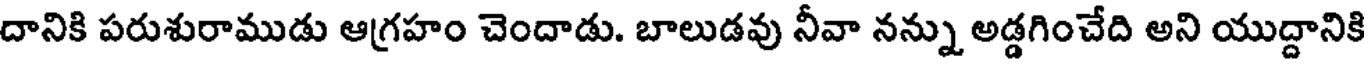
దానికి పరుశురాముడు ఆగ్రహం చెందాడు. బాలుడవు నీవా నన్ను అడ్డగించేది అని యుద్దానికి